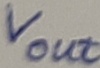
Text: Vout